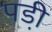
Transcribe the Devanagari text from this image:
पडी़